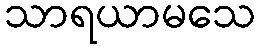
သာရယာမသေ